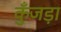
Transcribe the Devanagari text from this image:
कुँजड़ा